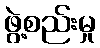
ဖွဲ့စည်းမှု